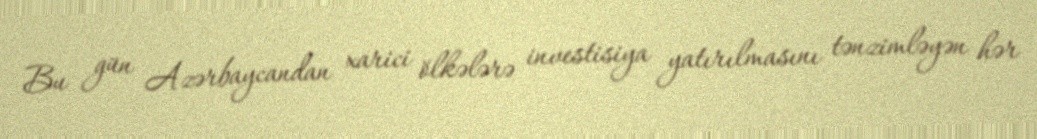
Bu gün Azərbaycandan xarici ölkələrə investisiya yatırılmasını tənzimləyən hər